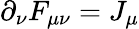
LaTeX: \partial_{\nu}F_{\mu\nu}=J_{\mu}